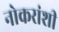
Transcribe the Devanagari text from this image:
नोकरांशी